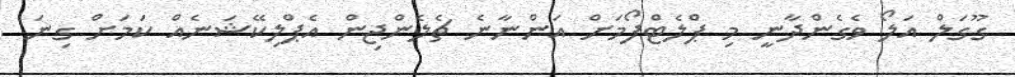
ގޫގަލް އަލޯ ވެގެންދާނީ މި ޕްލެޓްފޯމަށް އަންނާނެ ޗެލެންޖިން އެޕްލިކޭޝަނެއް ކަމަށް ގިނަ